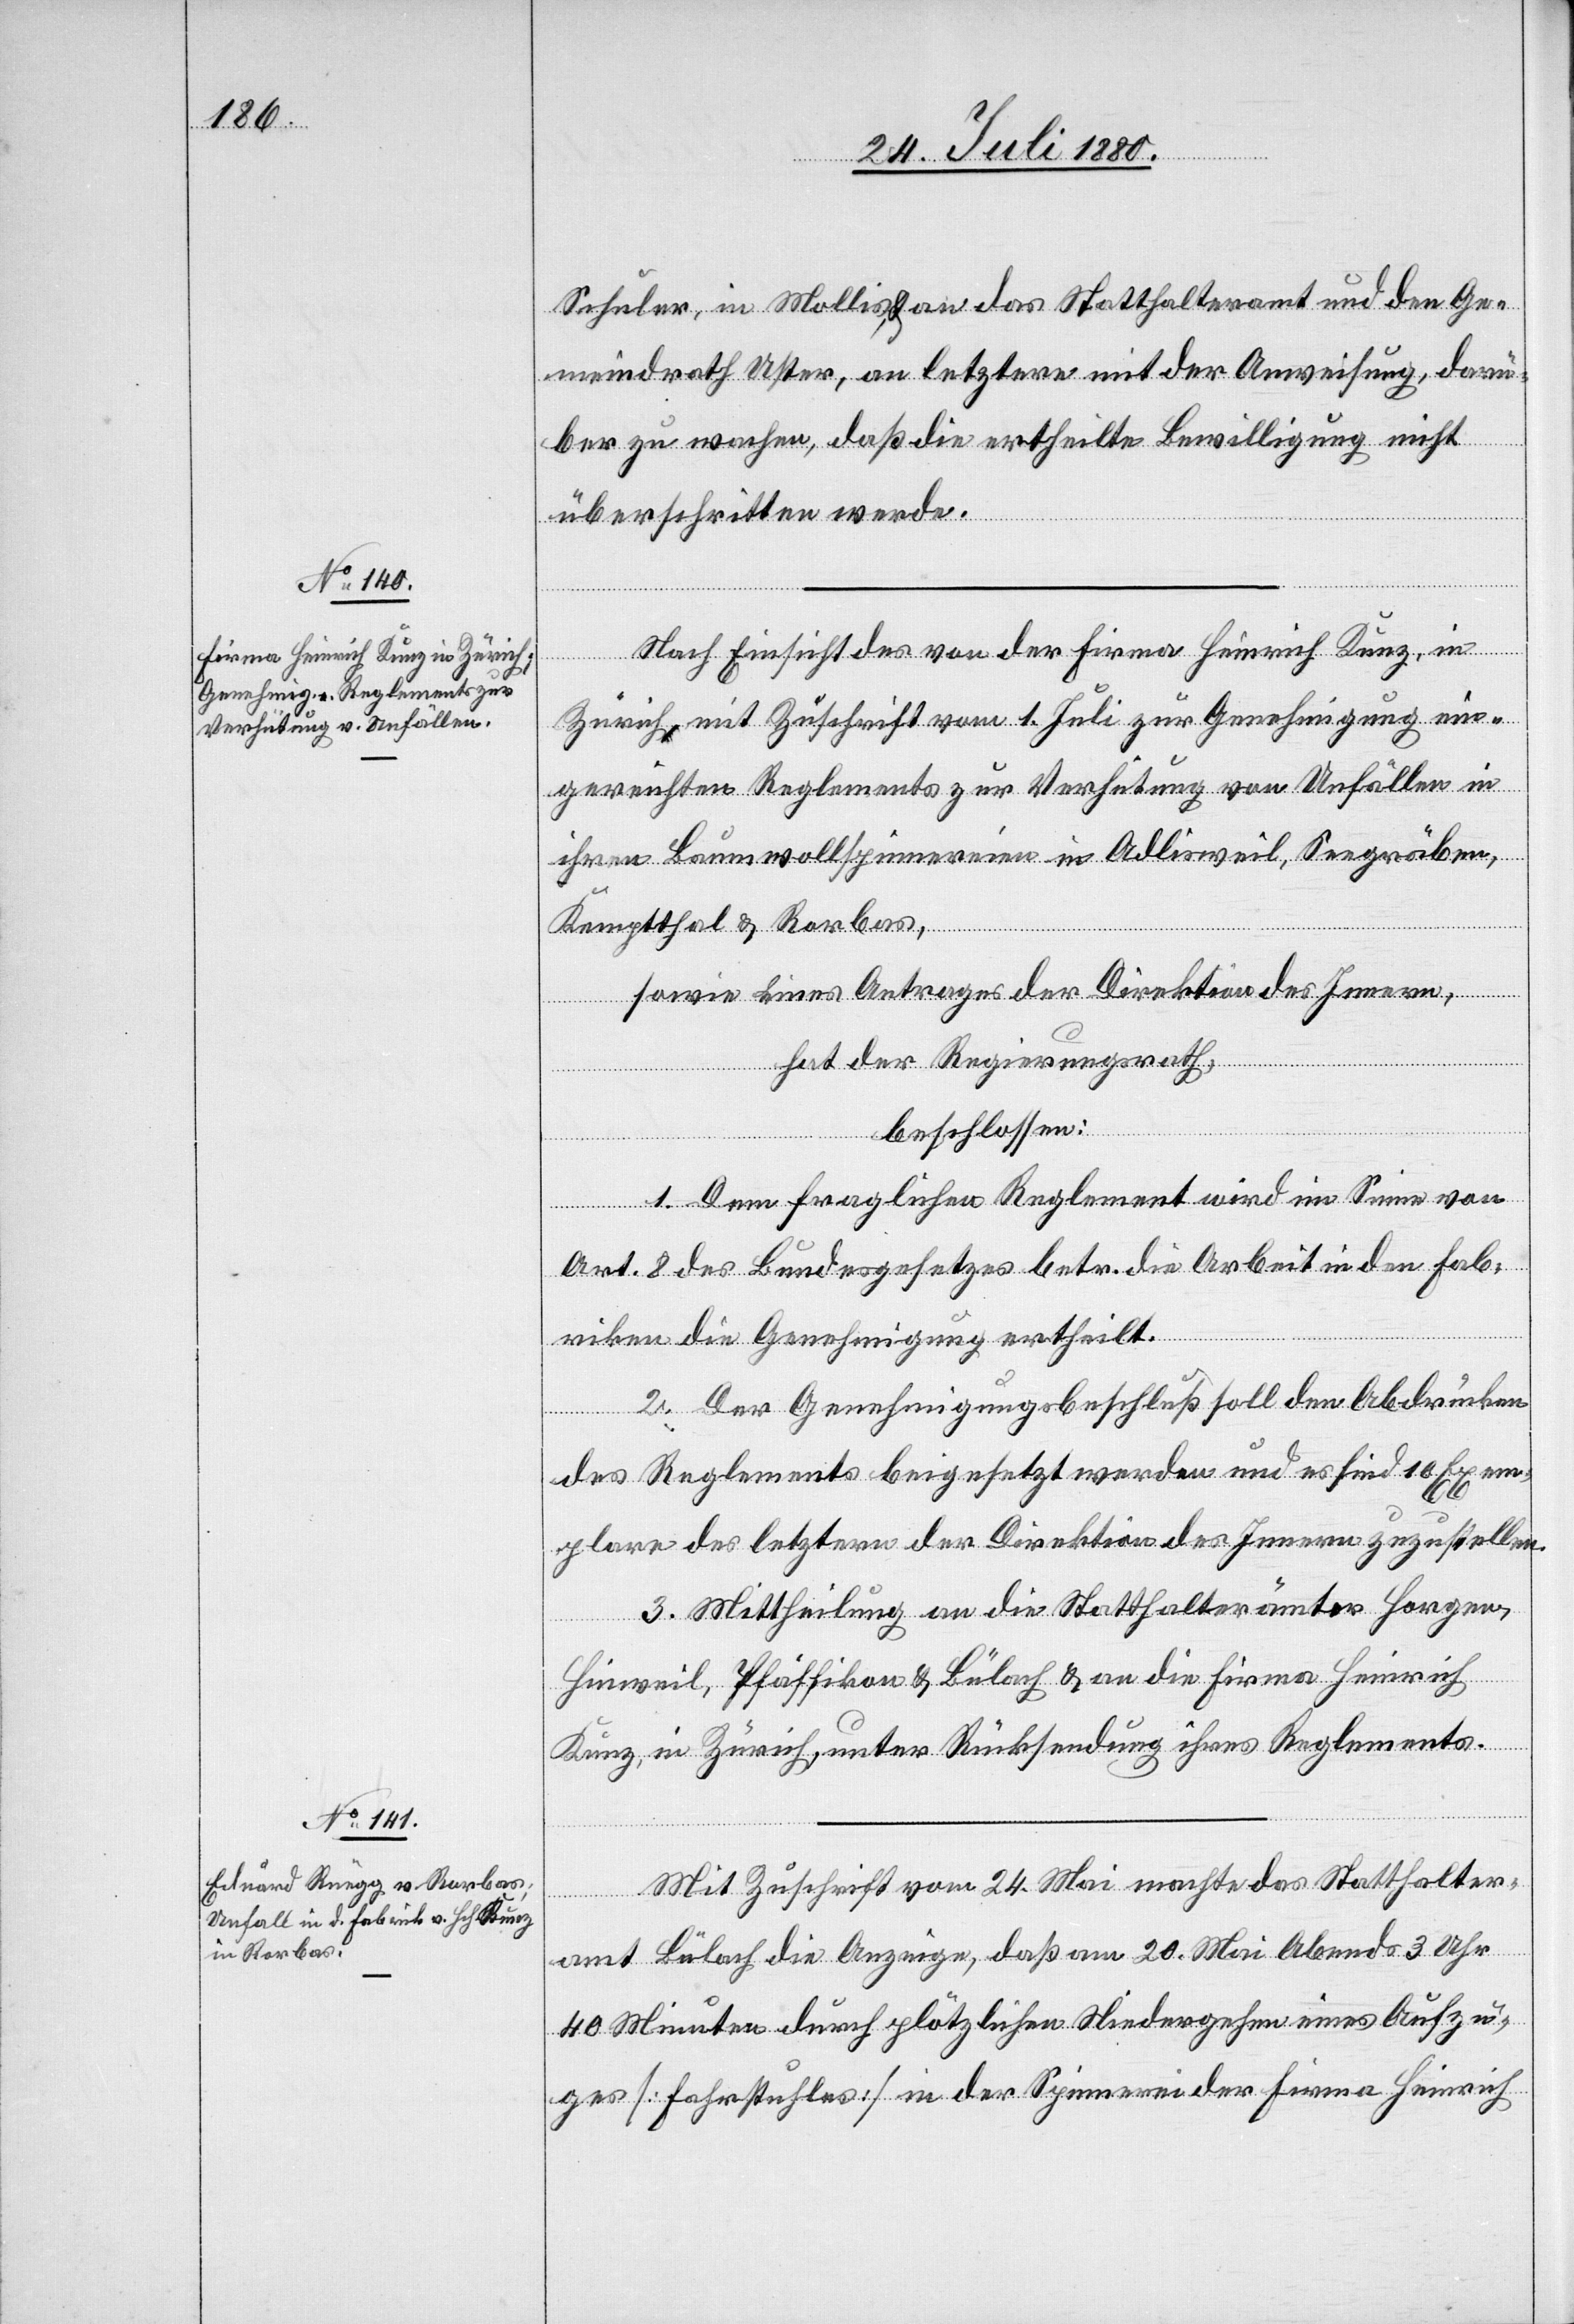
Schuler, in Mollis, & an das Statthalteramt und den Ge¬
meindrath Uster, an letztern mit der Anweisung, darü¬
ber zu wachen, daß die ertheilte Bewilligung nicht
überschritten werde.
Nach Einsicht von der Firma Heinrich Kunz, in
Zürich, mit Zuschrift vom 1. Juli zur Genehmigung ein¬
gereichten Reglements zur Verhütung von Unfällen in
ihren Baumwollspinnereinen in Adlisweil, Seegräben,
Kempthal & Rorbas,
sowie eines Antrages der Direktion des Innern,
hat der Regierungsrath,
beschlossen:
1. Dem fraglichen Reglement wird im Sinne von
Art. 8 des Bundesgesetzes betr. die Arbeit in den Fab¬
riken die Genehmigung ertheilt.
2. Der Genehmigungsbeschluß soll den Abdrucken
des Reglements beigesetzt werden und es sind 10 Exem¬
plare des letztern der Direktion des Innern zuzustellen.
3. Mittheilung an die Statthalterämter Horgen,
Hinweil, Pfäffikon & Bülach & an die Firma Heinrich
Kunz, in Zürich, unter Rücksendung ihres Reglements.
Mit Zuschrift vom 24. Mai machte das Statthalter¬
amt Bülach die Anzeige, daß am 20. Mai Abends 3 Uhr
40 Minuten durch plötzlichen [sic!] Niedergehen eines Aufzu¬
ges [Fahrstuhles] in der Spinnerei der Firma Heinrich